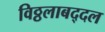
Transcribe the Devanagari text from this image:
विठ्ठलाबद्दल